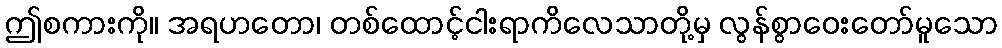
ဤစကားကို။ အရဟတော၊ တစ်ထောင့်ငါးရာကိလေသာတို့မှ လွန်စွာဝေးတော်မူသော